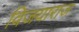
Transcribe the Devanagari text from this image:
विजयाराज